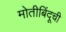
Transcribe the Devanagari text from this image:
मोतीबिंदूची